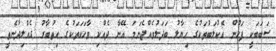
ސަބަބަކީ ފަހުން އެކުލަބުތަކުގެ ހިޔާލު ބަދަލުވެއްޖެނަމަ އޭނާ ދެއްކި ވާހަކަތަކުގެ އިތުބާރު ގެއްލިދާނެތީ